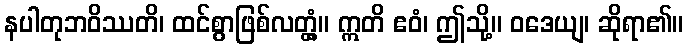
နပါတုဘဝိဿတိ၊ ထင်စွာဖြစ်လတ္တံ့။ ဣတိ ဧဝံ၊ ဤသို့။ ဝဒေယျ၊ ဆိုရာ၏။